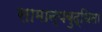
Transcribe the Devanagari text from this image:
सामान्यबुद्धिता